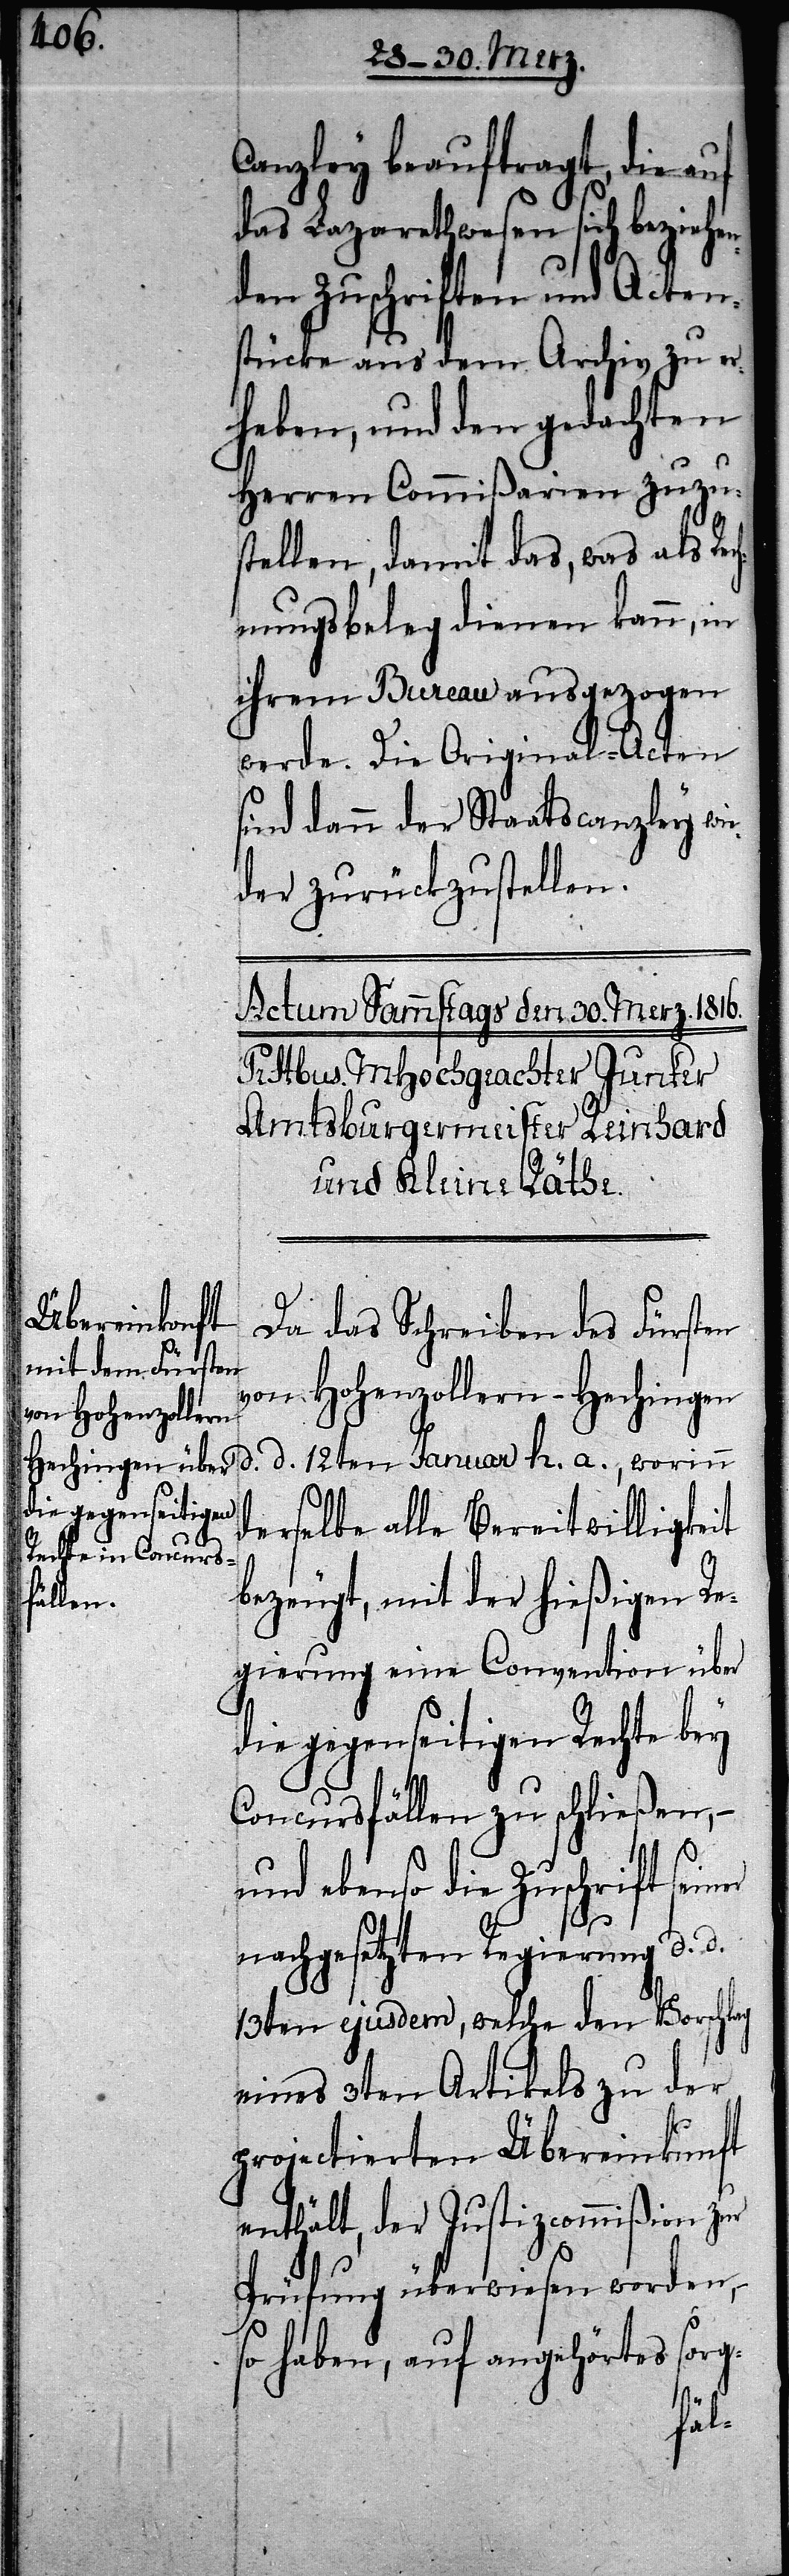
Canzley beauftragt, die auf
das Lazarethwesen sich beziehen¬
den Zuschriften und Acten¬
stücke aus dem Archiv zu er¬
heben, und den gedachten
Herren Commißarien zuzu¬
stellen, damit das, was als Rec¬
hnungsbeleg dienen kann, in
ihrem Bureau ausgezogen
werde. Die Orignial-Acten
sind dann der Staatscanzley wie¬
der zurückzustellen.
h.
Da das Schreiben des Fürsten
von Hohenzollern-Hechingen
derselbe alle Bereitwilligkeit
bezeugt, mit der hießigen Re¬
gierung eine Convention über
die gegenseitigen Rechte bey
Concursfällen zu schließen,
und ebenso die Zuschrift seiner
d.
nachgesetzten Regierung d.
13ten ejusdem, welche den Vorschlag
eines 3ten Artikels zu der
projectierten Übereinkunft
enthält, der Justizcommißion zur
Prüfung überwiesen worden,
so haben, auf angehörtes sorg-